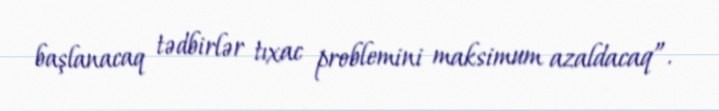
başlanacaq tədbirlər tıxac problemini maksimum azaldacaq”.